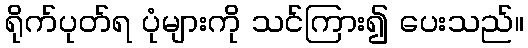
ရိုက်ပုတ်ရ ပုံများကို သင်ကြား၍ ပေးသည်။